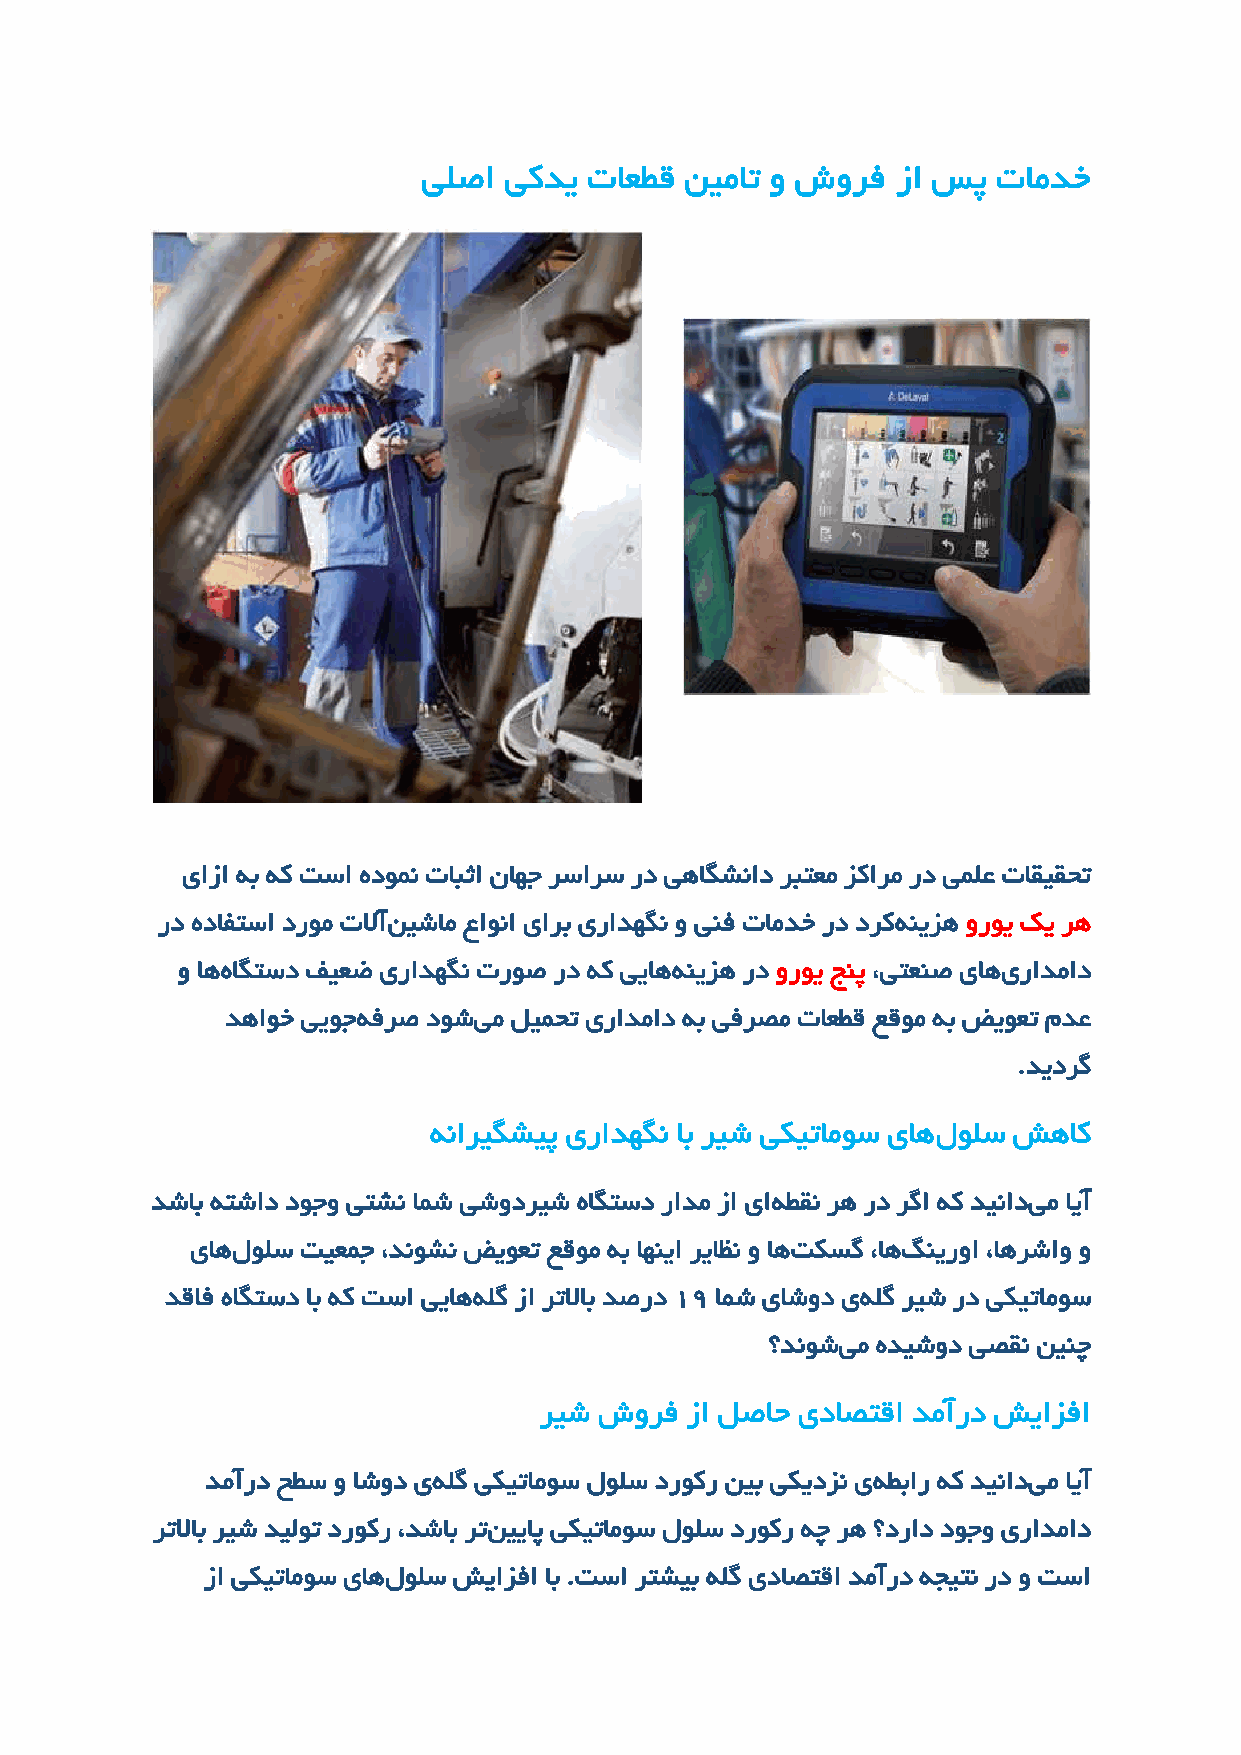
یلصا یکدی  تاعطق نیمات و شورف  زا سپ  تامدخ
 یازا هب هک تسا هدومن تابثا ناهج رسارس رد یهاگشناد ربتعم زکارم رد یملع تاقیقحت
 رد هدافتسا دروم تلاآنیشام عاونا یارب یرادهگن و ینف تامدخ رد درکهنیزه وروی کی ره
 و اههاگتسد فیعض یرادهگن تروص رد هک ییاههنیزه رد وروی جنپ ،یتعنص یاهیرادماد
 دهاوخ ییوجهفرص دوشیم لیمحت یرادماد هب یفرصم تاعطق عقوم هب ضیوعت مدع
 .دیدرگ
 هناریگشیپ یرادهگن اب ریش یکیتاموس یاهلولس شهاک
 دشاب هتشاد دوجو یتشن امش یشودریش هاگتسد رادم زا یاهطقن ره رد رگا هک دینادیم ایآ
 یاهلولس تیعمج ،دنوشن ضیوعت عقوم هب اهنیا ریاظن و اهتکسگ ،اهگنیروا ،اهرشاو و
 دقاف هاگتسد اب هک تسا ییاههلگ زا رتلااب دصرد ۱۹ امش یاشود یهلگ ریش رد یکیتاموس
 ؟دنوشیم هدیشود یصقن نینچ
 ریش شورف زا لصاح یداصتقا دمآرد شیازفا
 دمآرد حطس و اشود یهلگ یکیتاموس لولس دروکر نیب یکیدزن یهطبار هک دینادیم ایآ
 رتلااب ریش دیلوت دروکر ،دشاب رتنییاپ یکیتاموس لولس دروکر هچ ره ؟دراد دوجو یرادماد
 زا یکیتاموس یاهلولس شیازفا اب .تسا رتشیب هلگ یداصتقا دمآرد هجیتن رد و تسا